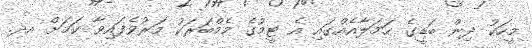
މީހަކު ދިން ބަޑީގެ ހަމަލާއެއްގައި އެ ޓީމުގެ މެމްބަރަކު މަރުވެފައިވާ ކަމަށް އދ.